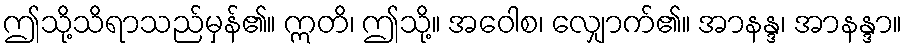
ဤသို့သိရာသည်မှန်၏။ ဣတိ၊ ဤသို့။ အဝေါစ၊ လျှောက်၏။ အာနန္ဒ၊ အာနန္ဒာ။